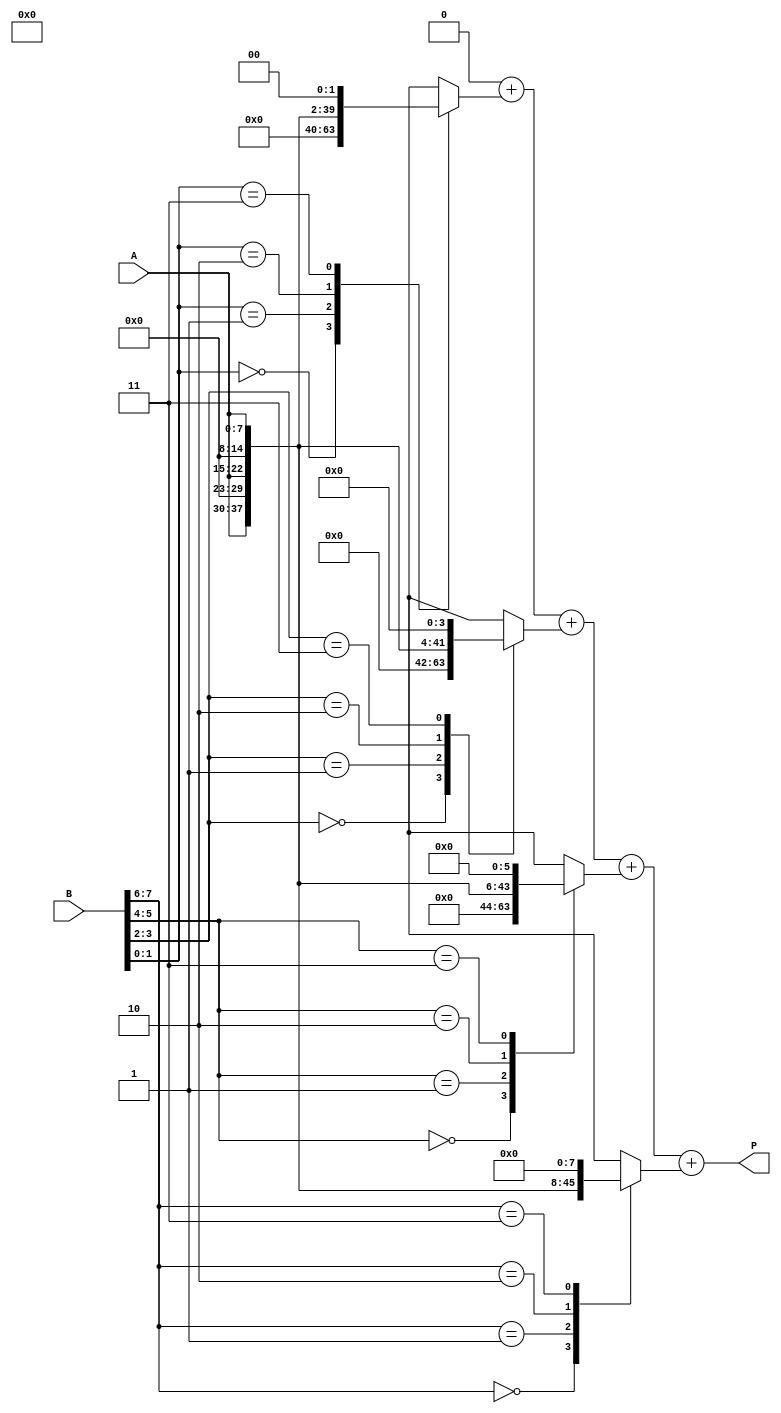
module radix4_multiplier #(parameter n = 8) (
    input [n-1:0] A, // Multiplicand
    input [n-1:0] B, // Multiplier
    output reg [2*n-1:0] P // Product
);

    // Internal signals for partial products
    reg [2*n-1:0] pp [0:(n/2)-1]; // Partial products
    integer i;

    always @(*) begin
        // Initialize product to zero
        P = 0;

        // Generate partial products based on 2-bit segments of B
        for (i = 0; i < n/2; i = i + 1) begin
            case (B[2*i +: 2]) // Select 2 bits from B
                2'b00: pp[i] = 0; // No contribution
                2'b01: pp[i] = A << (2*i); // A shifted left by 0
                2'b10: pp[i] = A << (2*i + 1); // A shifted left by 1
                2'b11: pp[i] = A << (2*i + 2); // A shifted left by 2
                default: pp[i] = 0; // Default case
            endcase
        end

        // Sum the partial products
        for (i = 0; i < n/2; i = i + 1) begin
            P = P + pp[i];
        end
    end

endmodule